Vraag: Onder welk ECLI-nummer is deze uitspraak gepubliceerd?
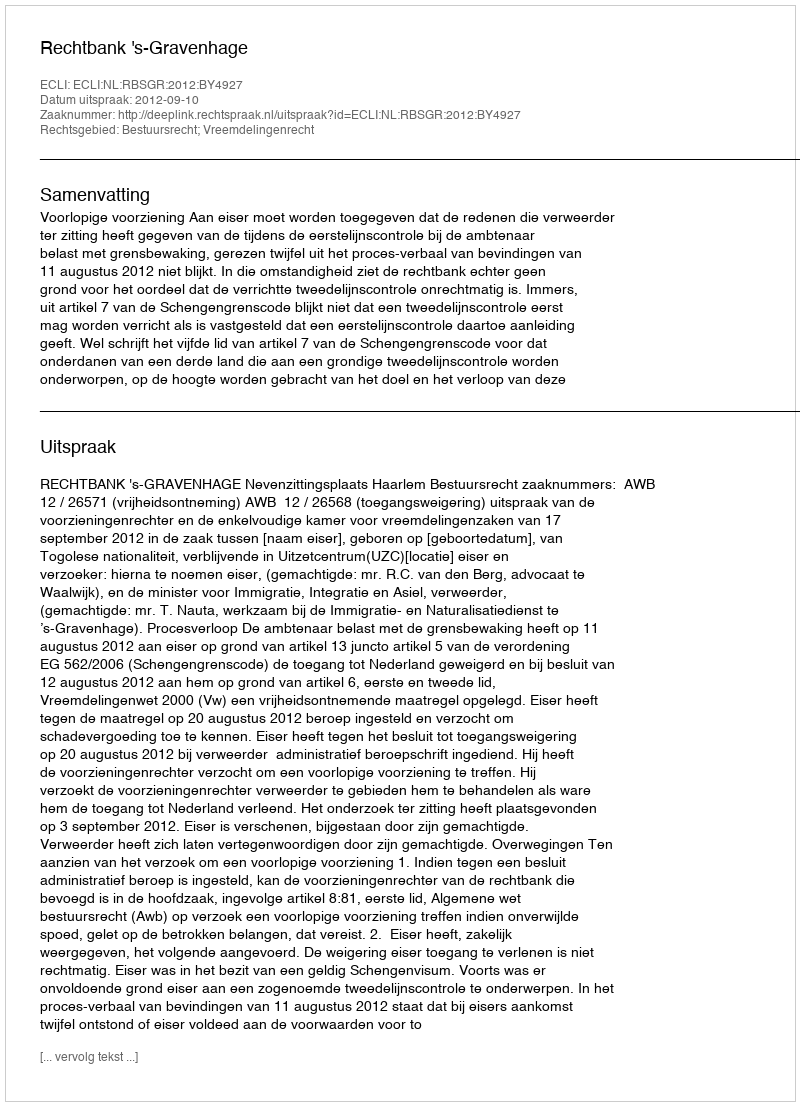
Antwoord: ECLI:NL:RBSGR:2012:BY4927